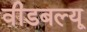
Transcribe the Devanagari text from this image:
वीडबल्यू